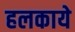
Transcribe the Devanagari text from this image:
हलकाये